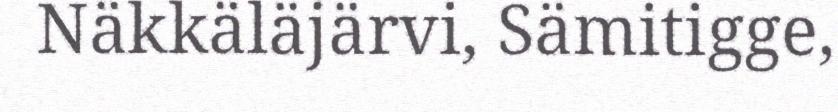
Näkkäläjärvi, Sämitigge,